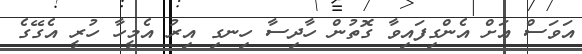
އަވަސް އަށް އެންގިފައިވާ ގޮތުން ހާދިސާ ހިނގި އިރު އެމީހާ ހުރީ އެގޭގެ